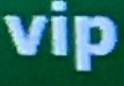
vip